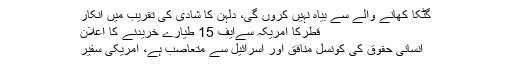
گٹکا کھانے والے سے بیاہ نہیں‌ کروں‌ گی، دلہن کا شادی کی تقریب میں انکار
قطرکا امریکہ سےایف 15 طیارے خریدنے کا اعلان
انسانی حقوق کی کونسل منافق اور اسرائیل سے متعاصب ہے، امریکی سفیر